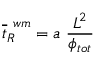
\overline { { t } } _ { R } ^ { \ w m } = a \ \frac { L ^ { 2 } } { \phi _ { t o t } }